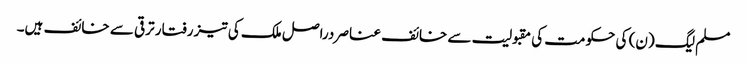
مسلم لیگ (ن) کی حکومت کی مقبولیت سے خائف عناصر دراصل ملک کی تیز رفتار ترقی سے خائف ہیں۔